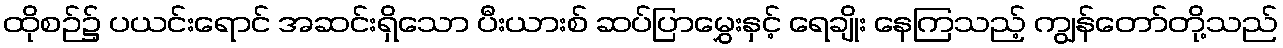
ထိုစဉ်၌ ပယင်းရောင် အဆင်းရှိသော ပီးယားစ် ဆပ်ပြာမွှေးနှင့် ရေချိုး နေကြသည့် ကျွန်တော်တို့သည်